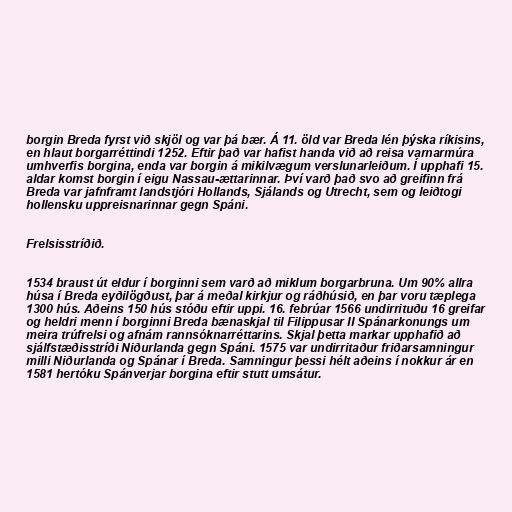
borgin Breda fyrst við skjöl og var þá bær. Á 11. öld var Breda lén þýska ríkisins,
en hlaut borgarréttindi 1252. Eftir það var hafist handa við að reisa varnarmúra
umhverfis borgina, enda var borgin á mikilvægum verslunarleiðum. Í upphafi 15.
aldar komst borgin í eigu Nassau-ættarinnar. Því varð það svo að greifinn frá
Breda var jafnframt landstjóri Hollands, Sjálands og Utrecht, sem og leiðtogi
hollensku uppreisnarinnar gegn Spáni.

Frelsisstríðið.

1534 braust út eldur í borginni sem varð að miklum borgarbruna. Um 90% allra
húsa í Breda eyðilögðust, þar á meðal kirkjur og ráðhúsið, en þar voru tæplega
1300 hús. Aðeins 150 hús stóðu eftir uppi. 16. febrúar 1566 undirrituðu 16 greifar
og heldri menn í borginni Breda bænaskjal til Filippusar II Spánarkonungs um
meira trúfrelsi og afnám rannsóknarréttarins. Skjal þetta markar upphafið að
sjálfstæðisstríði Niðurlanda gegn Spáni. 1575 var undirritaður friðarsamningur
milli Niðurlanda og Spánar í Breda. Samningur þessi hélt aðeins í nokkur ár en
1581 hertóku Spánverjar borgina eftir stutt umsátur.